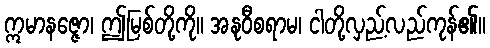
ဣမာနဇ္ဇော၊ ဤမြစ်တို့ကို။ အနုဝီစရာမ၊ ငါတို့လှည့်လည်ကုန်၏။